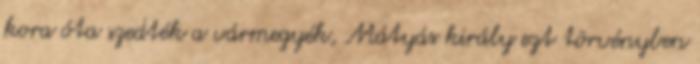
kora óta szedték a vármegyék, Mátyás király ezt törvényben